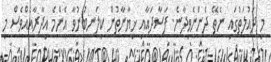
މި ދައުލަތުގައި ނެތޭ ދެންނެވިދާނެ. ފަސާދައާއި ޚިޔާނާތުން ކިލަނބުނުވާ އެންމެ އިދާރާއެއްވެސް މި